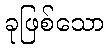
ခုဖြစ်သော